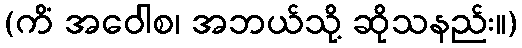
(ကိံ အဝေါစ၊ အဘယ်သို့ ဆိုသနည်း။)